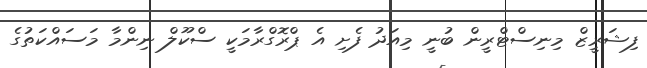
ފިޝަރީޒް މިނިސްޓްރީން ބުނީ މިއަދު ފެށި އެ ޕްރޮގްރާމަކީ ސްކޫލް ނިންމާ މަސައްކަތުގެ